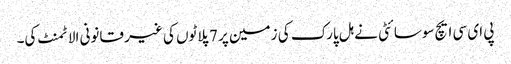
پی ای سی ایچ سوسائٹی نے ہل پارک کی زمین پر 7 پلاٹوں کی غیر قانونی الاٹمنٹ کی۔